Leprosy in India: report of the Leprosy Commission in India, 1890-91
Year: 1890
Disease focus: Leprosy
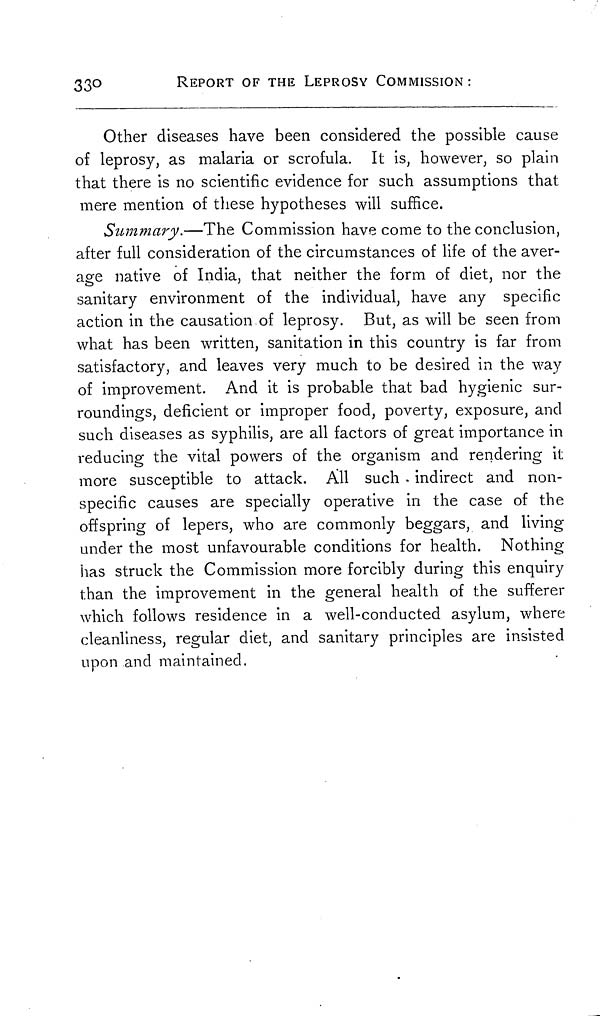
33°
REPORT OF THE LEPROSY COMMISSION :
Other diseases have been considered the possible cause
of leprosy, as malaria or scrofula. It is, however, so plain
that there is no scientific evidence for such assumptions that
mere mention of these hypotheses will suffice.
Summary.—The Commission have come to the conclusion,
after full consideration of the circumstances of life of the aver-
age native of India, that neither the form of diet, nor the
sanitary environment of the individual, have any specific
action in the causation of leprosy. But, as will be seen from
what has been written, sanitation in this country is far from
satisfactory, and leaves very much to be desired in the way
of improvement. And it is probable that bad hygienic sur-
roundings, deficient or improper food, poverty, exposure, and
such diseases as syphilis, are all factors of great importance in
reducing the vital powers of the organism and rendering it
more susceptible to attack. All such indirect and non-
specific causes are specially operative in the case of the
offspring of lepers, who are commonly beggars, and living
under the most unfavourable conditions for health. Nothing
has struck the Commission more forcibly during this enquiry
than the improvement in the general health of the sufferer
which follows residence in a well-conducted asylum, where
cleanliness, regular diet, and sanitary principles are insisted
upon and maintained.